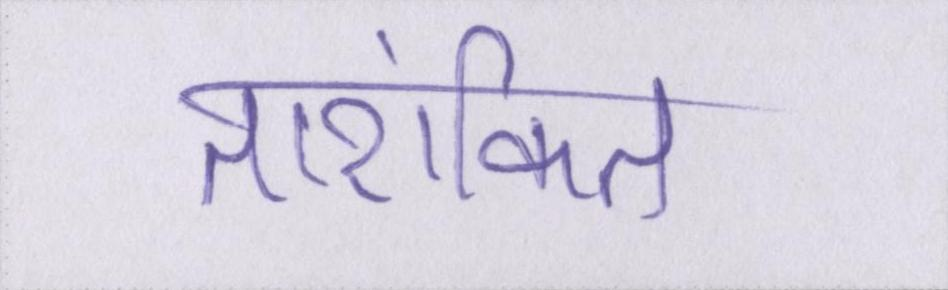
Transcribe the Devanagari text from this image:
तारांकित